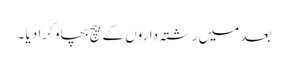
بعد میں رشتہ داروں کے بیچ بچاو کرا دیا ۔